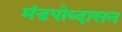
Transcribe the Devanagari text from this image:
मंडपोव्दासन